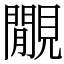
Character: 覵